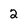
Character: 2